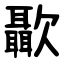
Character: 㱌